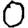
Digit: 0